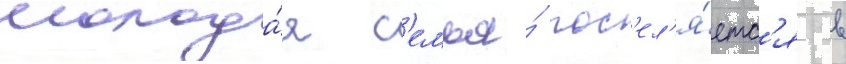
молода́я с'емья́ пос'ел'я́етс'я в